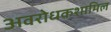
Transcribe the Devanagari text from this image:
अवरोधकशामिल